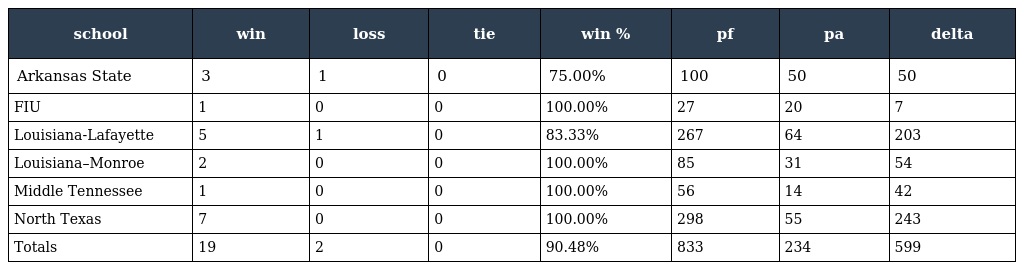
| school | win | loss | tie | win % | pf | pa | delta |
 | --- | --- | --- | --- | --- | --- | --- | --- |
 | Arkansas State | 3 | 1 | 0 | 75.00% | 100 | 50 | 50 |
 | FIU | 1 | 0 | 0 | 100.00% | 27 | 20 | 7 |
 | Louisiana-Lafayette | 5 | 1 | 0 | 83.33% | 267 | 64 | 203 |
 | Louisiana–Monroe | 2 | 0 | 0 | 100.00% | 85 | 31 | 54 |
 | Middle Tennessee | 1 | 0 | 0 | 100.00% | 56 | 14 | 42 |
 | North Texas | 7 | 0 | 0 | 100.00% | 298 | 55 | 243 |
 | Totals | 19 | 2 | 0 | 90.48% | 833 | 234 | 599 |